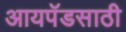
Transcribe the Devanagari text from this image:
आयपॅडसाठी